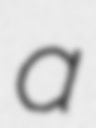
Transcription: a